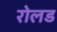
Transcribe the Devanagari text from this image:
रोलड